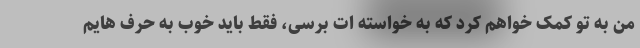
من به تو کمک خواهم کرد که به خواسته ات برسی، فقط باید خوب به حرف هایم